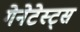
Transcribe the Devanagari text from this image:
गेनेटेस्ट्स